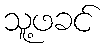
သူ့ဖခင်